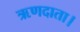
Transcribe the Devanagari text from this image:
ऋणदाता।